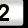
Digit: 2